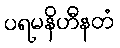
ပရမနိဟီနတံ